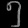
Digit: ၅